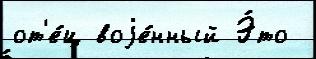
от'е́ц воjе́нный Э́то